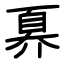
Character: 奡